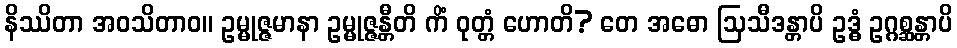
နိဿိတာ အဝသိတာဝ။ ဥမ္မုဇ္ဇမာနာ ဥမ္မုဇ္ဇန္တီတိ ကိံ ဝုတ္တံ ဟောတိ? တေ အဓော ဩသီဒန္တာပိ ဥဒ္ဓံ ဥဂ္ဂစ္ဆန္တာပိ